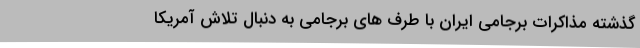
گذشته مذاکرات برجامی ایران با طرف های برجامی به دنبال تلاش آمریکا